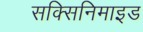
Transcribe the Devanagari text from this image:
सक्सिनिमाइड